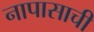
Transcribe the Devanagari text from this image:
नापासाची